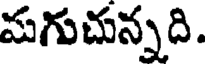
మగుచున్నది.